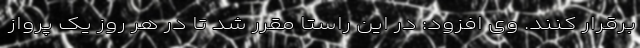
برقرار کنند. وی افزود: در این راستا مقرر شد تا در هر روز یک پرواز